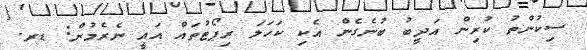
ސިކުންތު ކުރިން އަދީބު ބުނެގެން އެކި ކަހަލަ ރިޕޯޓުތައް އައީ ނެރެމުން: ޑރ.